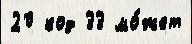
20 код 33 мо́жет